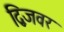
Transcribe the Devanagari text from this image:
द्विजवर